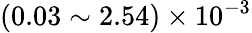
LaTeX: (0.03\sim 2.54)\times 10^{-3}